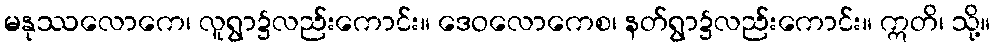
မနုဿလောကေ၊ လူရွာ၌လည်းကောင်း။ ဒေဝလောကေစ၊ နတ်ရွာ၌လည်းကောင်း။ ဣတိ၊ သို့။